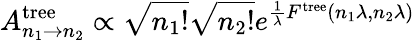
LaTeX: A_{n_{1}\to n_{2}}^{\mathrm{tree}}\propto\sqrt{n_{1}!}\sqrt{n_{2}!}e^{\frac{1}{\lambda}F^{\mathrm{tree}}(n_{1}\lambda,n_{2}\lambda)}